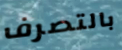
بالتصرف